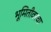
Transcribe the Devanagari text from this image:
भूमितीवरचा